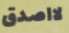
لااصدق